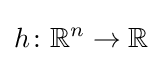
h\colon \mathbb {R} ^{n}\to \mathbb {R}